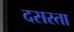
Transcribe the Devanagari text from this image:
दसरता